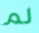
لم